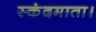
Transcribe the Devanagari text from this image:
स्कंदमाता।